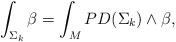
LaTeX: \begin{align*}\int_{\Sigma_k} \beta= \int_M PD (\Sigma_k) \wedge \beta,\end{align*}